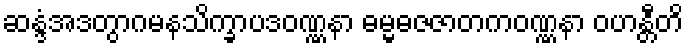
ဆန္ဒံအဒတွာဂမနသိက္ခာပဒဝဏ္ဏနာ ဓမ္မဓဇဇာတကဝဏ္ဏနာ ဝဟန္တီတိ